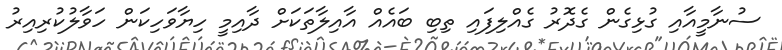
ސުނާމީއާއި ގުޅިގެން ގެދޮރު ގެއްލިފައި ތިބި ބައެއް އާއިލާތަކަށް ދާއިމީ ހިޔާވަހިކަން ހަވާލުކުރިއިރު